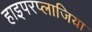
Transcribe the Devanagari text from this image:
हाइपरप्लाजिया